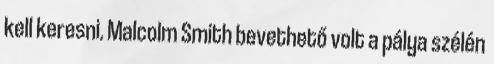
kell keresni. Malcolm Smith bevethető volt a pálya szélén